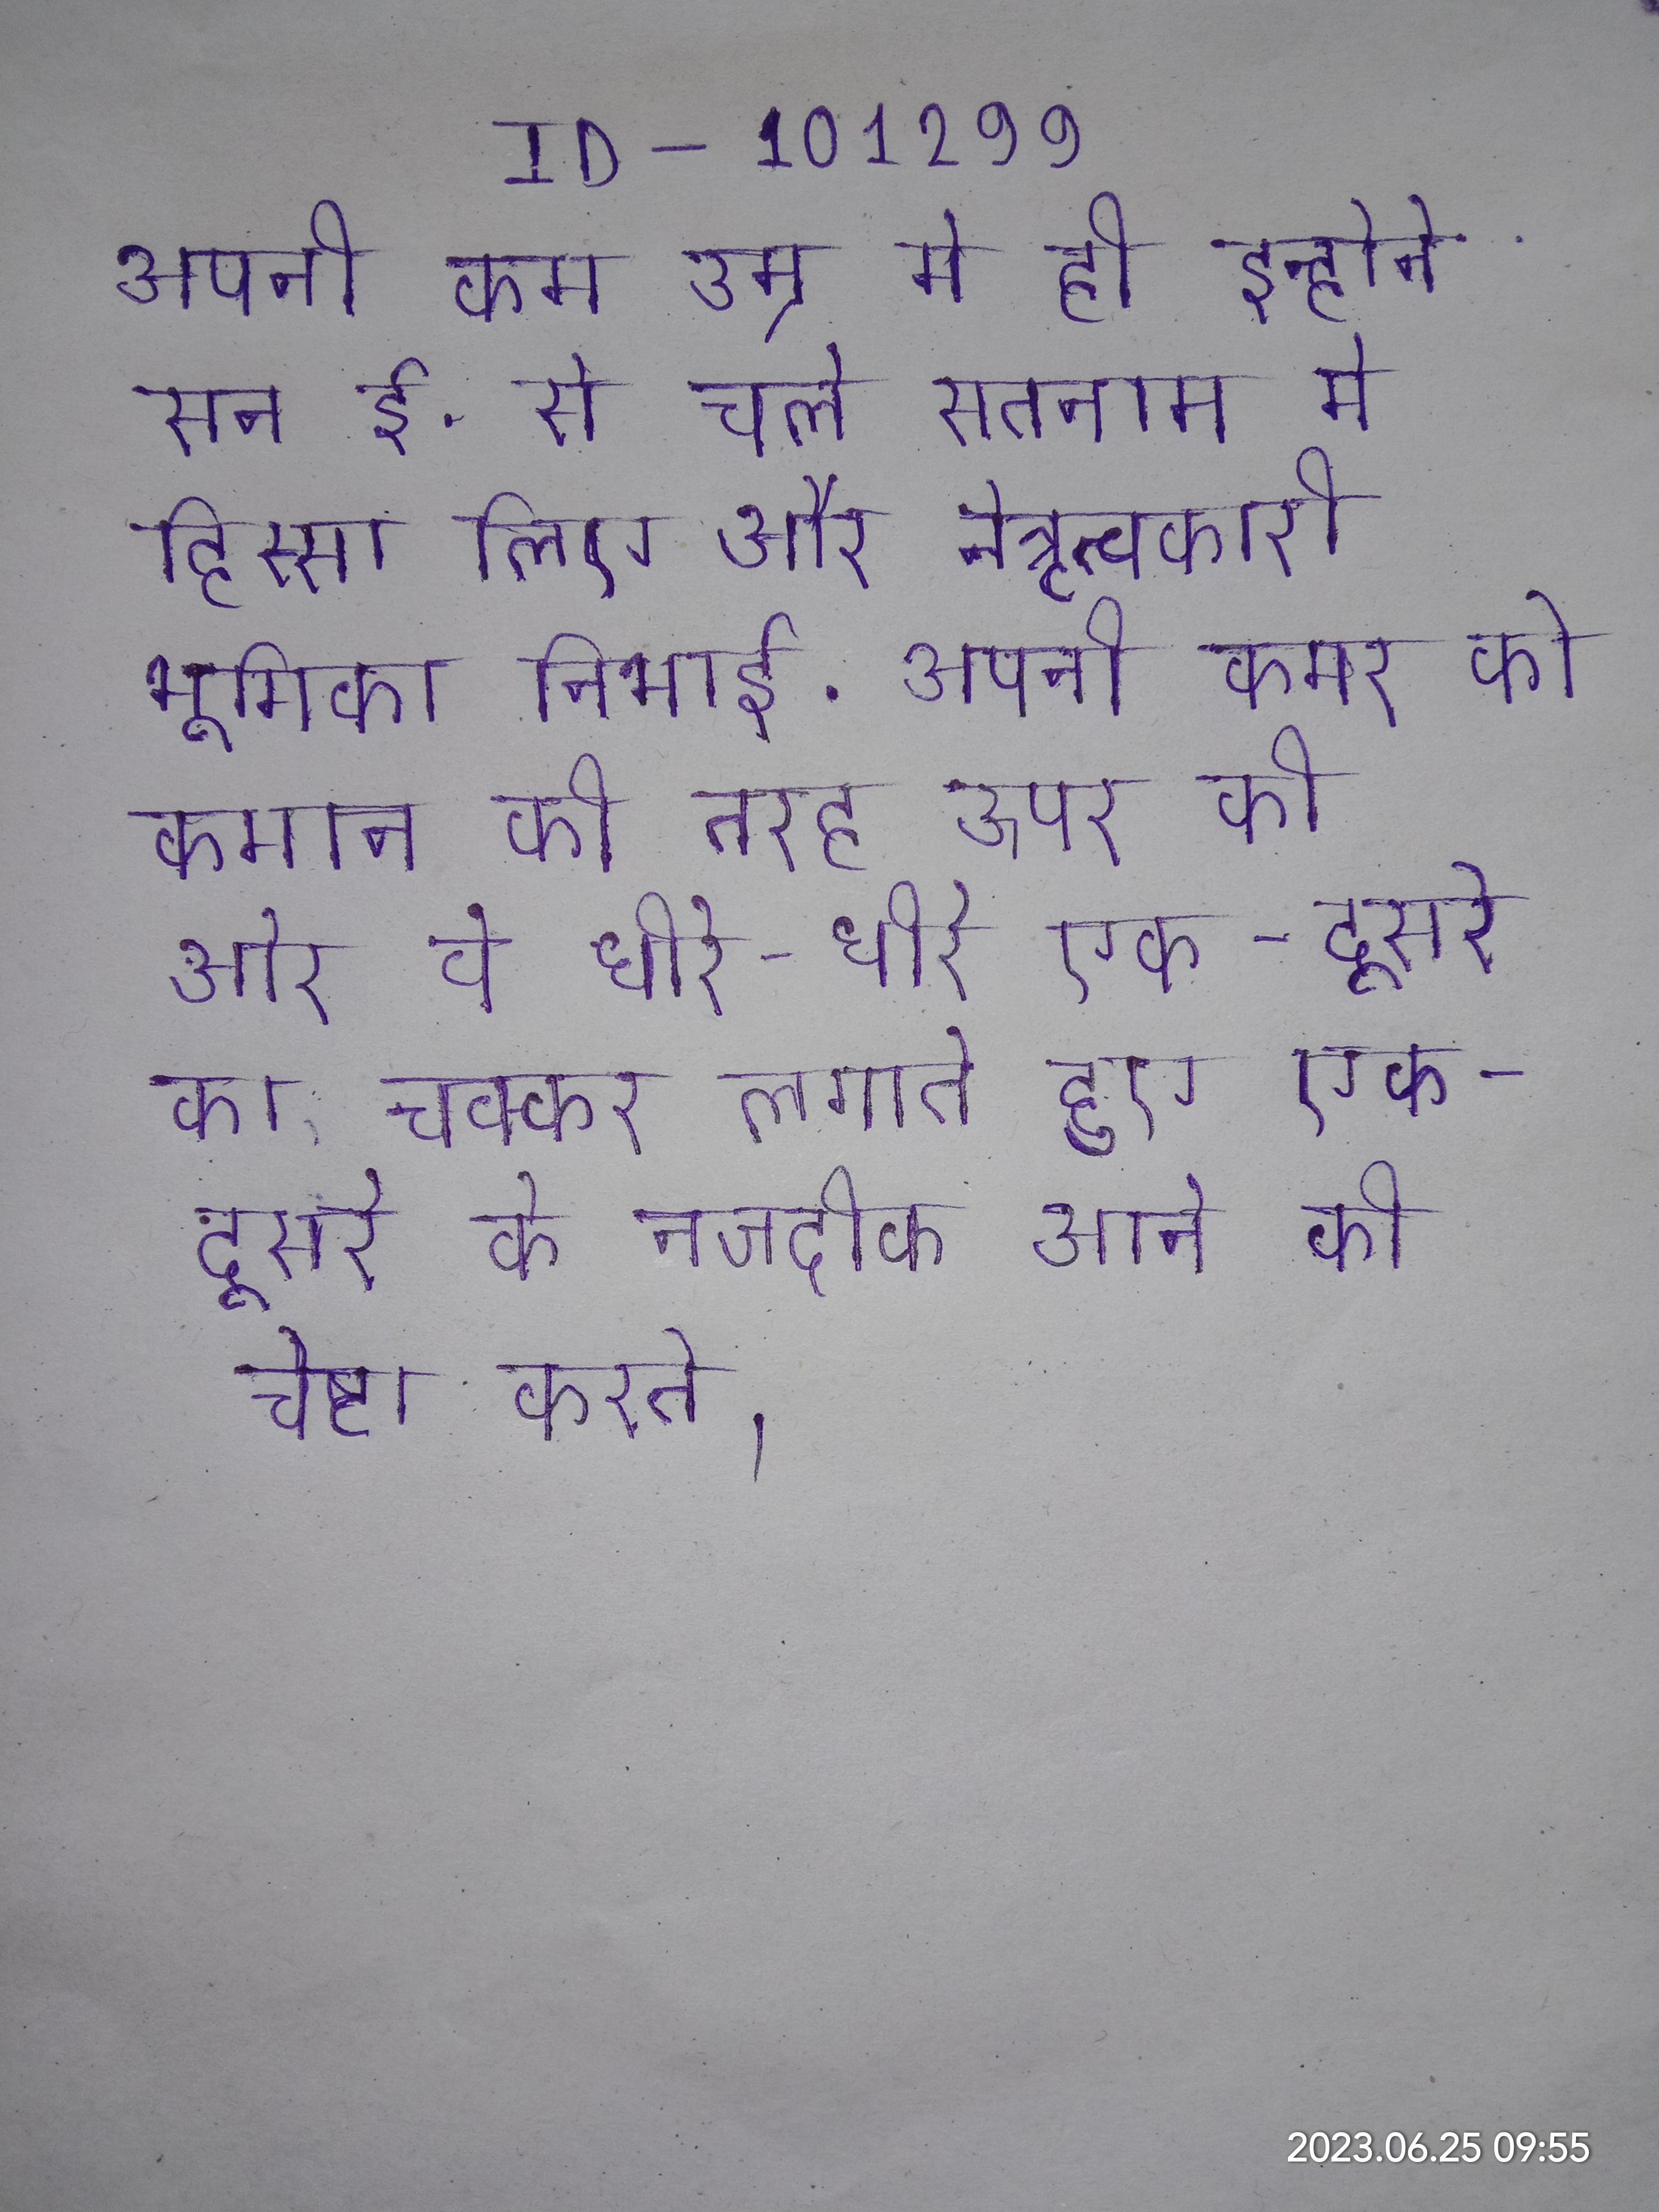
अपनी कम उम्र मे ही इन्होने सन ई. से चले सतनाम मे हिस्सा लिए और नेत्रृत्वकारी भूमिका निभाई . अपनी कमर को कमान की तरह ऊपर की ओर वे धीरे-धीरे एक-दूसरे का चक्कर लगाते हुए एक-दूसरे के नजदीक आने की चेष्टा करते ।